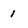
Character: 1